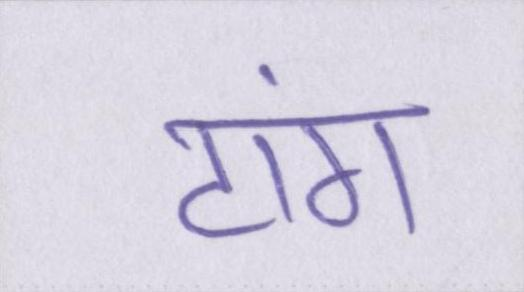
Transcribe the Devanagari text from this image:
टांग